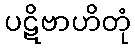
ပဋိဗာဟိတုံ